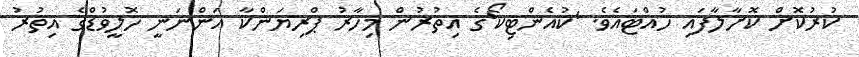
ކުރުކޮށް ކޮށާލާފައި ހުއްޓައެވެ. 'ކުއެންޓިކޯ'ގެ އިތުރުން މިހާރު ޕްރިޔަންކާ އަންނަނީ ހޮލީވުޑްގެ އިތުރު